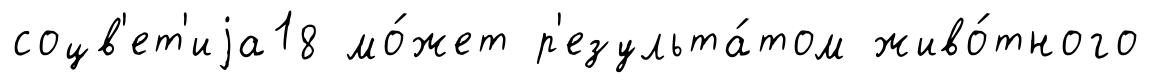
соцв'ет'иjа18 мо́жет р'езульта́том живо́тного